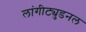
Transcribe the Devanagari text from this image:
लांगीट्युडनल